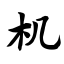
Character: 机